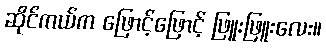
ဆိုင်ကယ်က ဖြောင့်ဖြောင့် ဖြူးဖြူးလေး။